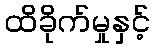
ထိခိုက်မှုနှင့်